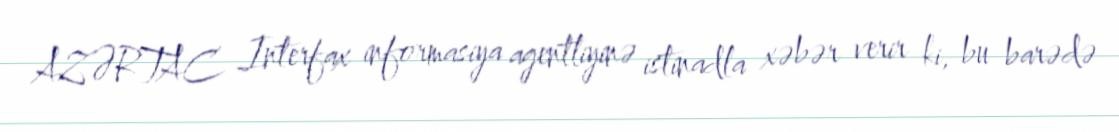
AZƏRTAC Interfax informasiya agentliyinə istinadla xəbər verir ki, bu barədə